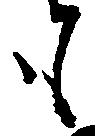
も